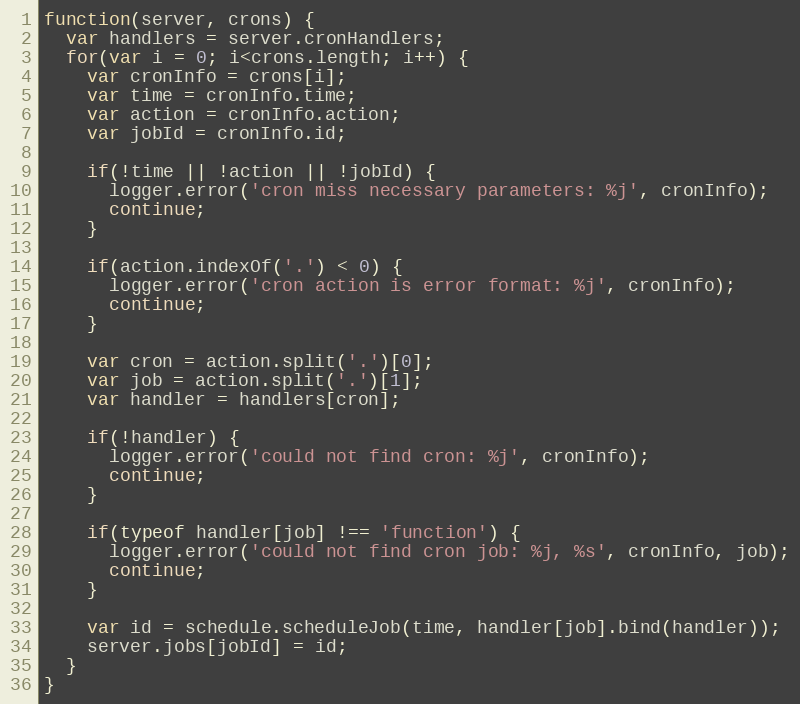
Language: JavaScript
function(server, crons) {
  var handlers = server.cronHandlers;
  for(var i = 0; i<crons.length; i++) {
    var cronInfo = crons[i];
    var time = cronInfo.time;
    var action = cronInfo.action;
    var jobId = cronInfo.id;

    if(!time || !action || !jobId) {
      logger.error('cron miss necessary parameters: %j', cronInfo);
      continue;
    }

    if(action.indexOf('.') < 0) {
      logger.error('cron action is error format: %j', cronInfo);
      continue;
    }

    var cron = action.split('.')[0];
    var job = action.split('.')[1];
    var handler = handlers[cron];

    if(!handler) {
      logger.error('could not find cron: %j', cronInfo);
      continue;
    }

    if(typeof handler[job] !== 'function') {
      logger.error('could not find cron job: %j, %s', cronInfo, job);
      continue;
    }

    var id = schedule.scheduleJob(time, handler[job].bind(handler));
    server.jobs[jobId] = id;
  }
}